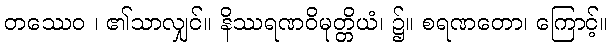
တဿေဝ ၊ ၏သာလျှင်။ နိဿရဏဝိမုတ္တိယံ၊ ၌။ စရဏတော၊ ကြောင့်။